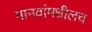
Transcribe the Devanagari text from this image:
मानवांमधीलच